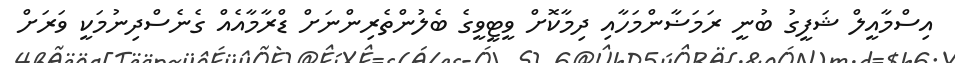
އިސްމާއީލް ޝަފީގު ބުނީ ރަމަޟާންމަހާއި ދިމާކޮށް ވީޓީވީގެ ބެލުންތެރިންނަށް ޑްރާމާއެއް ގެނެސްދިނުމަކީ ވަރަށް